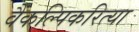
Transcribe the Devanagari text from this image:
वैकल्पिकरित्या